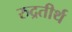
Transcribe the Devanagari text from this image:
रुद्रतीर्थ